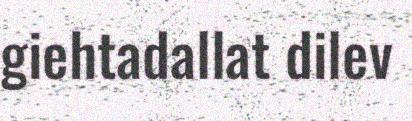
giehtadallat dilev